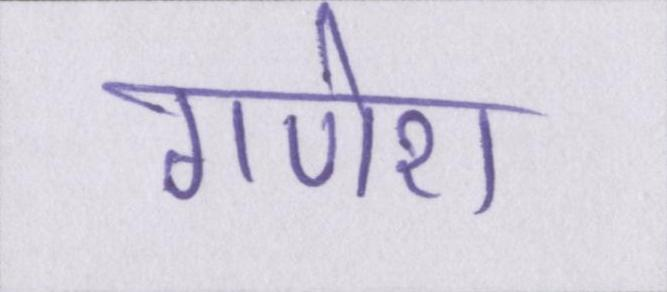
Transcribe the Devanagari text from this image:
गणेश